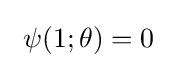
\ \psi (1;\theta )=0\